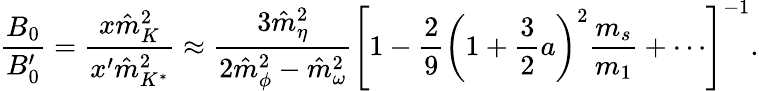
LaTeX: \frac{B_{0}}{B_{0}^{\prime}}=\frac{x\hat{m}_{K}^{2}}{x^{\prime}\hat{m}_{K^{*}}^{2}}\approx\frac{3\hat{m}_{\eta}^{2}}{2\hat{m}_{\phi}^{2}-\hat{m}_{\omega}^{2}}\left[1-\frac{2}{9}\left(1+\frac{3}{2}a\right)^{2}\frac{m_{s}}{m_{1}}+\cdots\right]^{-1}.